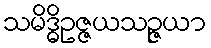
သမိဒ္ဓိဥဇ္ဇယသဉ္ဇယာ